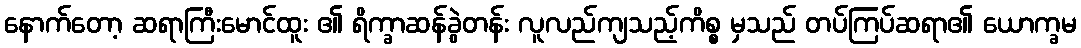
နောက်တော့ ဆရာကြီးမောင်ထူး ၏ ရိက္ခာဆန်ခွဲတန်း လူလည်ကျသည့်ကိစ္စ မှသည် တပ်ကြပ်ဆရာ၏ ယောက္ခမ